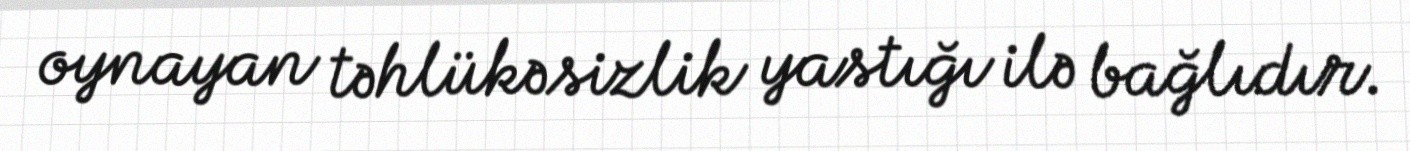
oynayan təhlükəsizlik yastığı ilə bağlıdır.